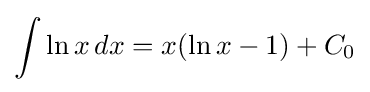
\int \ln x\,dx=x(\ln x-1)+C_{0}